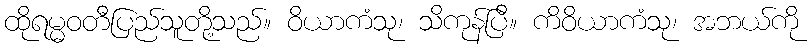
ထိုရမ္မဝတီပြည်သူတို့သည်။ ဝိယာကံသု၊ သိကုန်ပြီ။ ကိဝိယာကံသု၊ အဘယ်ကို